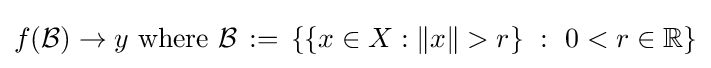
f({\mathcal {B}})\to y{\text{ where }}{\mathcal {B}}\,:=\,\{\{x\in X:\|x\|>r\}~:~0<r\in \mathbb {R} \}